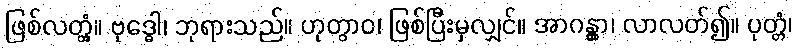
ဖြစ်လတ္တံ့။ ဗုဒ္ဓေါ၊ ဘုရားသည်။ ဟုတွာဝ၊ ဖြစ်ပြီးမှလျှင်။ အာဂန္တွာ၊ လာလတ်၍။ ပုတ္တံ၊